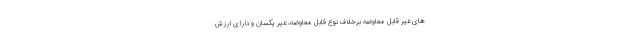
های غیر قابل معاوضه برخلاف نوع قابل معاوضه، غیر یکسان و دارای ارزش